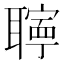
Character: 𦗰